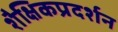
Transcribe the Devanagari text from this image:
शैक्षिकप्रदर्शन